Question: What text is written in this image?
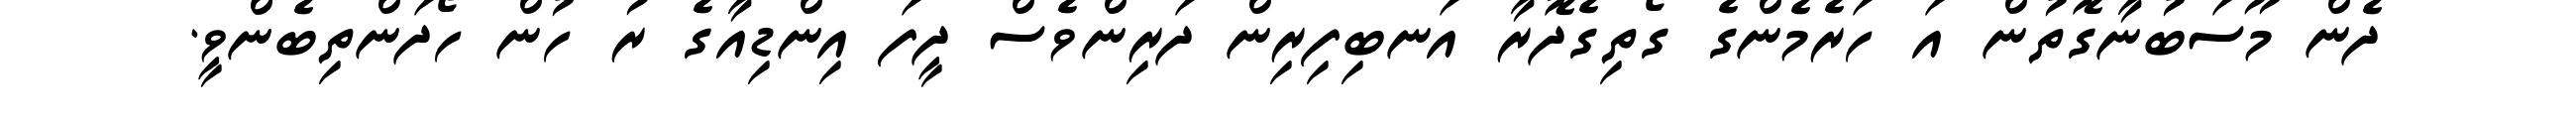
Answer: ދެން މޫސަބުނާގޮތުން އަ ހަރެމެންގެ ގޯތިގެދޮރާ އަނބިފިރިން ދަރިންވެސް ދީފަ އިންޑިއާގެ ރު ހުން ހޯދަންތިބެންވީ.